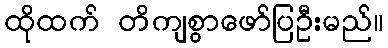
ထိုထက် တိကျစွာဖော်ပြဦးမည်။